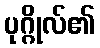
ပုဂ္ဂိုလ်၏